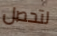
لتحصل